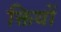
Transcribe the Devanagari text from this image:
क्तियों